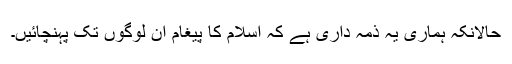
حالانکہ ہماری یہ ذمہ داری ہے کہ اسلام کا پیغام ان لوگوں تک پہنچائیں۔